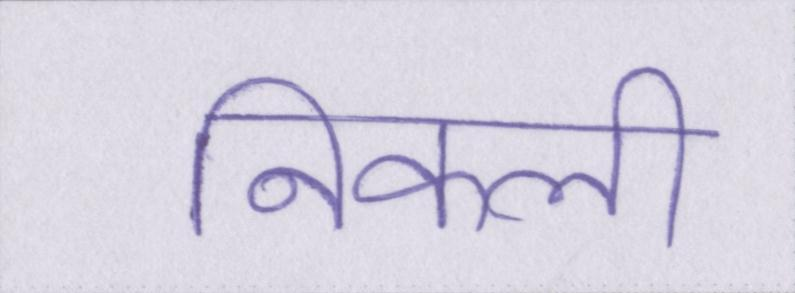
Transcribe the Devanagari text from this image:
निकली